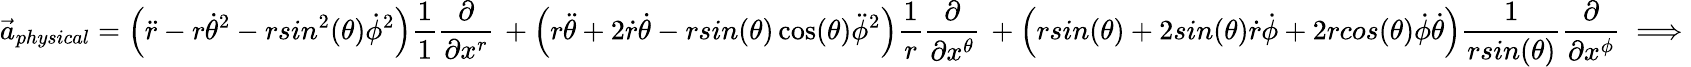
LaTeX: \vec{a}_{physical}=\Big(\ddot{r}-r\dot{\theta}^{2}-rsin^{2}(\theta)\dot{\phi}^{2}\Big)\frac{1}{1}\frac{\partial}{\partial x^{r}}\, +\Big(r\ddot{\theta}+2\dot{r}\dot{\theta}-rsin(\theta)\cos(\theta)\ddot{\phi}^{2}\Big)\frac{1}{r}\frac{\partial}{\partial x^{\theta}}\, +\Big(rsin(\theta)+2sin(\theta)\dot{r}\dot{\phi}+2rcos(\theta)\dot{\phi}\dot{\theta}\Big)\frac{1}{rsin(\theta)}\frac{\partial}{\partial x^{\phi}}\implies